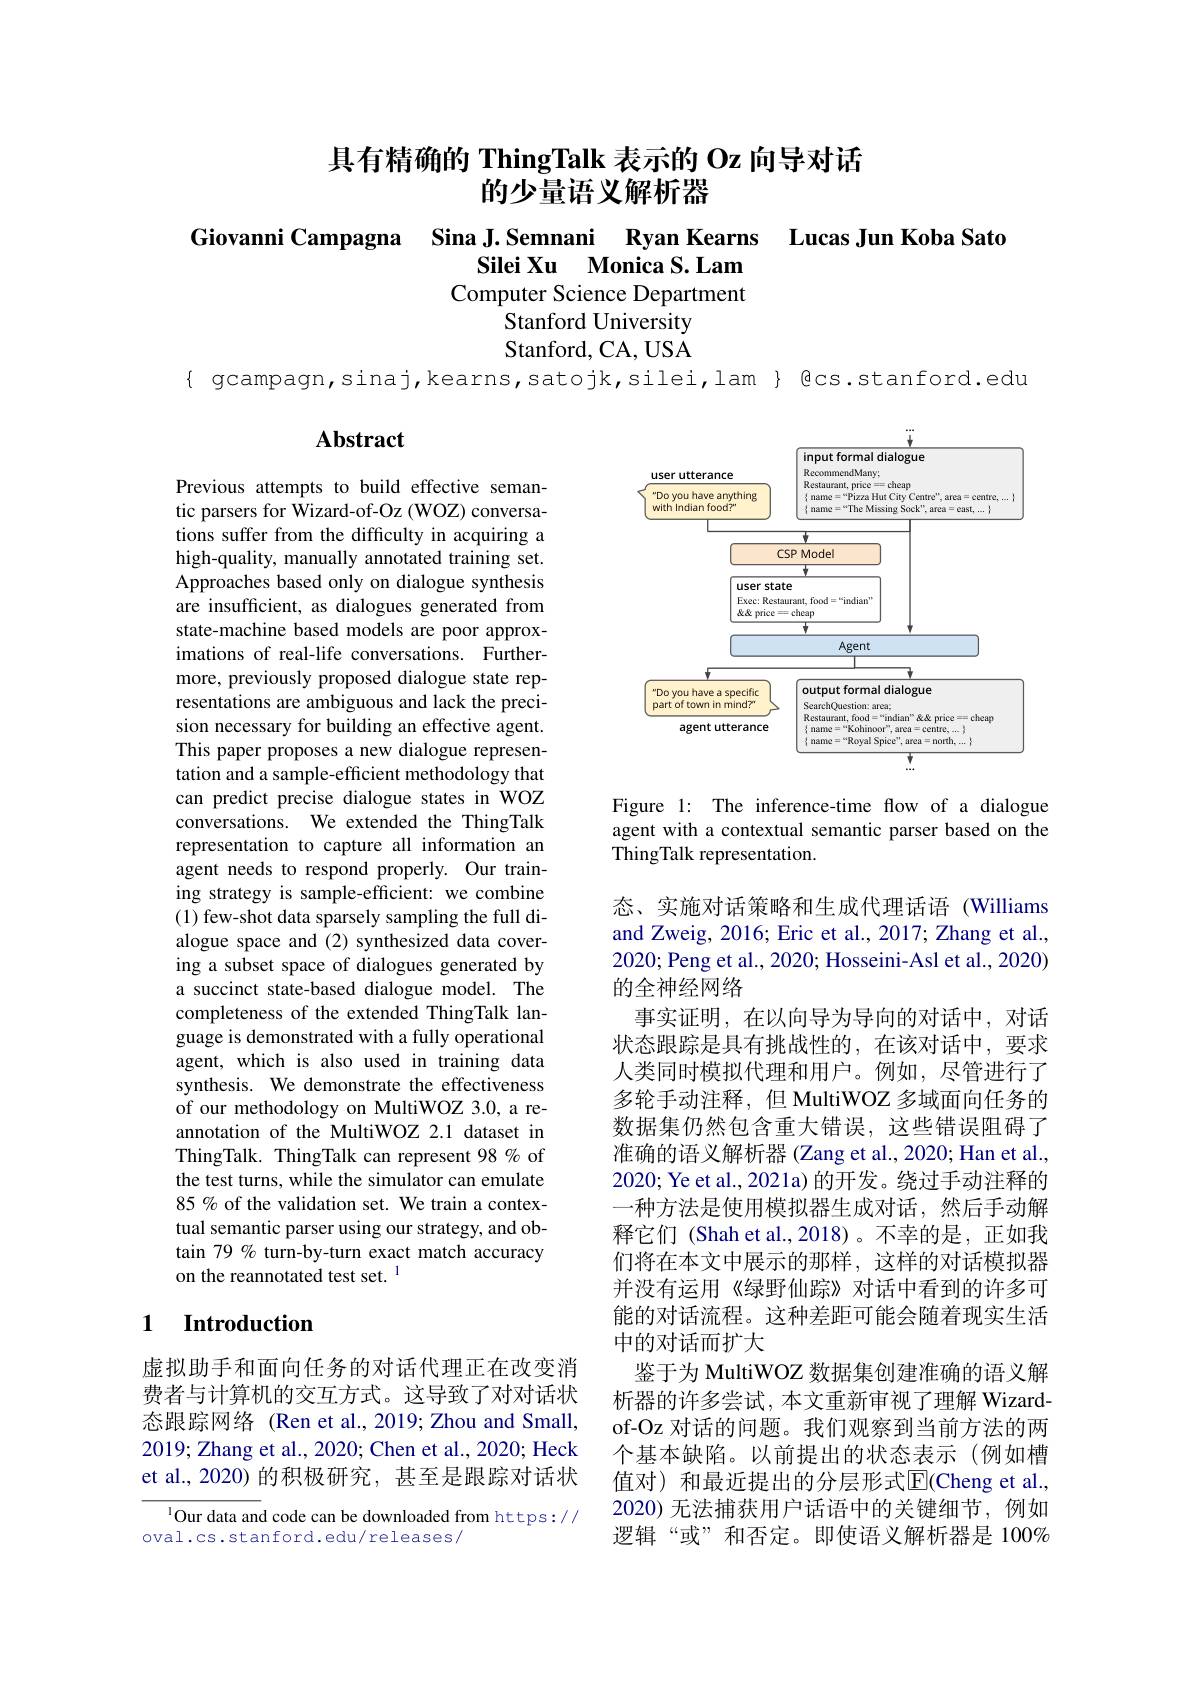
# 具有精确的 ThingTalk 表示的 Oz 向导对话的少量语义解析器

Giovanni Campagna Sina J.Semnani Ryan Kearns Lucas Jun Koba Sato
Silei Xu Monica S.Lam Computer Science Department
Stanford University Stanford, CA, USA

{ gcampagn,sinaj,kearns,satojk,silei,lam} ecs. stanford. edu

## Abstract

<FigureHere>

Figure 1: The inference-time flow of a dialogue agent with a contextual semantic parser based on the ThingTalk representation.

Previous attempts to build effective semantic parsers for Wizard-of-Oz (WOZ) conversations suffer from the difficulty in acquiring a high-quality, manually annotated training set. Approaches based only on dialogue synthesis are insufficient, as dialogues generated from state-machine based models are poor approximations of real-life conversations. Furthermore, previously proposed dialogue state representations are ambiguous and lack the precision necessary for building an effective agent. This paper proposes a new dialogue representation and a sample-efficient methodology that can predict precise dialogue states in WOZ conversations. We extended the ThingTalk representation to capture all information an agent needs to respond properly. Our training strategy is sample-efficient: we combine (1) few-shot data sparsely sampling the full dialogue space and (2) synthesized data covering a subset space of dialogues generated by a succinct state-based dialogue model. The completeness of the extended ThingTalk language is demonstrated with a fully operational agent, which is also used in training data synthesis. We demonstrate the effectiveness of our methodology on MultiWOZ 3.0, a reannotation of the MultiWOZ 2.1 dataset in ThingTalk. ThingTalk can represent 98 % of the test turns, while the simulator can emulate 85 % of the validation set. We train a contextual semantic parser using our strategy, and obtain 79 00 turn-by-turn exact match accuracy on the reannotated test set. l

态、实施对话策略和生成代理话语 (Williams and Zweig, 2016; Eric et al., 2017; Zhang et al., 2020; Peng et al., 2020; Hosseini-Asl et al., 2020) 的全神经网络
事实证明，在以向导为导向的对话中，对话状态跟踪是具有挑战性的，在该对话中，要求人类同时模拟代理和用户。例如，尽管进行了多轮手动注释，但 MultiWOZ 多域面向任务的数据集仍然包含重大错误，这些错误阻碍了准确的语义解析器 (Zang et al., 2020; Han et al., 2020; Ye et al., 2021a) 的开发。绕过手动注释的一种方法是使用模拟器生成对话，然后手动解释它们 (Shah et al.,2018)。不幸的是，正如我们将在本文中展示的那样，这样的对话模拟器并没有运用《绿野仙踪》对话中看到的许多可能的对话流程。这种差距可能会随着现实生活中的对话而扩大
鉴于为 MultiWOZ 数据集创建准确的语义解析器的许多尝试，本文重新审视了理解 Wizardof-Oz 对话的问题。我们观察到当前方法的两个基本缺陷。以前提出的状态表示(例如槽值对)和最近提出的分层形式$\overline{\mathbb{E}}($Cheng et al. 2020) 无法捕获用户话语中的关键细节，例如逻辑“或”和否定。即使语义解析器是 100%

# 1 Introduction

虚拟助手和面向任务的对话代理正在改变消费者与计算机的交互方式。这导致了对对话状态跟踪网络 (Ren et al., 2019; Zhou and Small, 2019; Zhang et al., 2020; Chen et al., 2020; Heck et al., 2020) 的积极研究，甚至是跟踪对话状

$^{1}$Our data and code can be downloaded from https://
oval.cs.stanford.edu/releases/